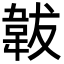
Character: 韍